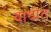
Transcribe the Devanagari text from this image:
बाधोत